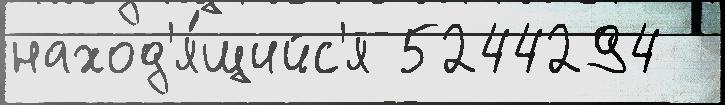
наход'я́щийс'я 5244294